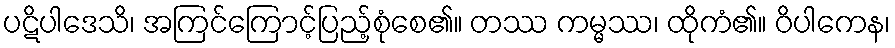
ပဋိပါဒေသိ၊ အကြင်ကြောင့်ပြည့်စုံစေ၏။ တဿ ကမ္မဿ၊ ထိုကံ၏။ ဝိပါကေန၊